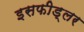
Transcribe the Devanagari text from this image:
इसफीड्लर